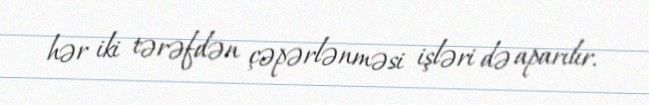
hər iki tərəfdən çəpərlənməsi işləri də aparılır.